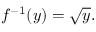
f ^ { - 1 } ( y ) = { \sqrt { y } } .